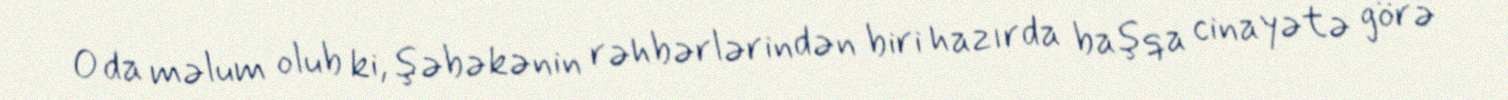
O da məlum olub ki, şəbəkənin rəhbərlərindən biri hazırda başqa cinayətə görə